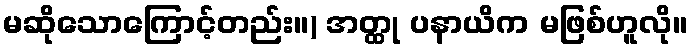
မဆိုသောကြောင့်တည်း။) အတ္ထု ပနာယိက မဖြစ်ဟူလို။